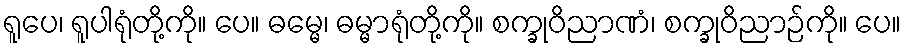
ရူပေ၊ ရူပါရုံတို့ကို။ ပေ။ ဓမ္မေ၊ ဓမ္မာရုံတို့ကို။ စက္ခုဝိညာဏံ၊ စက္ခုဝိညာဉ်ကို။ ပေ။